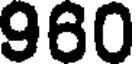
960